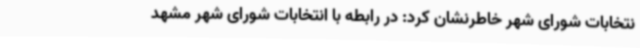
نتخابات شورای شهر خاطرنشان کرد: در رابطه با انتخابات شورای شهر مشهد